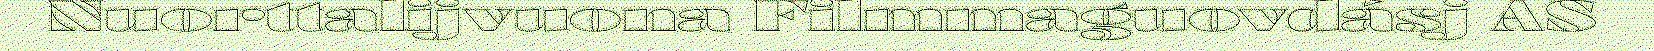
Nuorttalijvuona Filmmaguovdásj AS